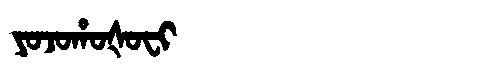
Manchu: ᠶᠣᠵᠣᡥᠣᡧᠣᠸᡳ
Romanization: YOJOHOŠOFI